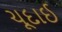
ચૂદાઈ